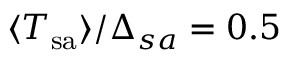
\langle T _ { \mathrm { s a } } \rangle / \Delta _ { s a } = 0 . 5